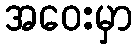
အဝေးမှာ